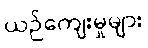
ယဉ်ကျေးမှုများ